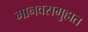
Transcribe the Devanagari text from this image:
मानवसमुहात